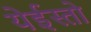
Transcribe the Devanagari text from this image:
येईस्तो